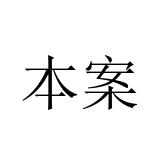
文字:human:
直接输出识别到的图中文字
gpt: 本案